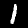
Label: 1